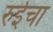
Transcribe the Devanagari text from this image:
रुईचा